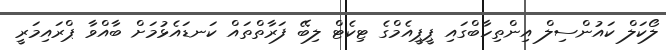
ލޯކަލް ކައުންސިލް އިންތިހާބްގައި ޕީޕީއެމްގެ ޓިކެޓް ލިބޭ ފަރާތްތައް ކަނޑައެޅުމަށް ބާއްވާ ޕްރައިމަރީ